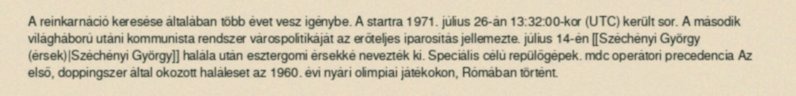
A reinkarnáció keresése általában több évet vesz igénybe. A startra 1971. július 26-án 13:32:00-kor (UTC) került sor. A második világháború utáni kommunista rendszer várospolitikáját az erőteljes iparosítás jellemezte. július 14-én [[Széchényi György (érsek)|Széchényi György]] halála után esztergomi érsekké nevezték ki. Speciális célú repülőgépek. mdc operátori precedencia Az első, doppingszer által okozott haláleset az 1960. évi nyári olimpiai játékokon, Rómában történt.